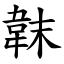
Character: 韎